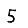
Digit: 5